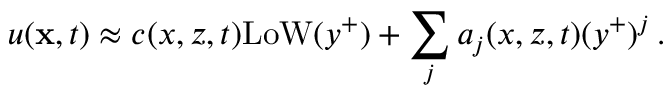
u ( { \bf x } , t ) \approx c ( x , z , t ) \mathrm { L o W } ( y ^ { + } ) + \sum _ { j } a _ { j } ( x , z , t ) ( y ^ { + } ) ^ { j } \, .